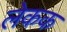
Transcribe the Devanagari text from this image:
लेकक